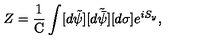
Z = \frac { 1 } { \mathrm { C } } \int [ d \tilde { \psi } ] [ d \tilde { \bar { \psi } } ] [ d \sigma ] e ^ { i S _ { y } } ,